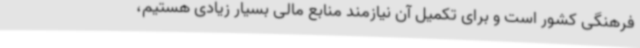
فرهنگی کشور است و برای تکمیل آن نیازمند منابع مالی بسیار زیادی هستیم،